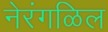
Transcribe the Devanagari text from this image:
नेरंगळिल